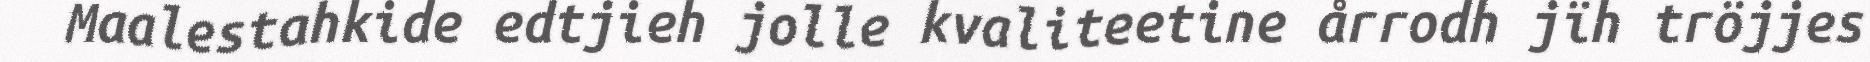
Maalestahkide edtjieh jolle kvaliteetine årrodh jïh tröjjes